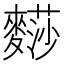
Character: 𪍬